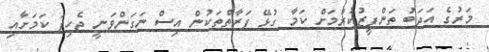
މަރުގެ އަދަބު ތަންފީޒުކުރުމަށް ކަމާ ގުޅޭ ފަރާތްތަކުން އިސް ނަގަންވަނީ ޖެހިފަ ކަމަށާއި